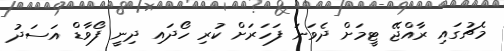
މެޗުގައި ރާއްޖޭ ޓީމަށް ދެވަނަ ފަހަރަށް ކުރި ހޯދައި ދިނީ ފޯވާޑް އަސަދު